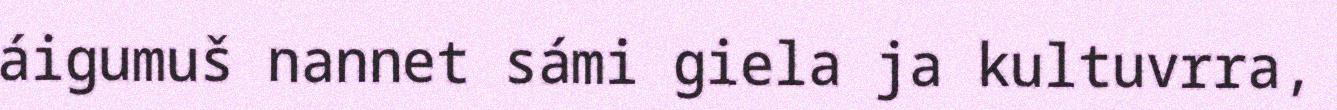
áigumuš nannet sámi giela ja kultuvrra,